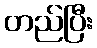
တည်ပြီး